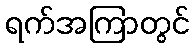
ရက်အကြာတွင်